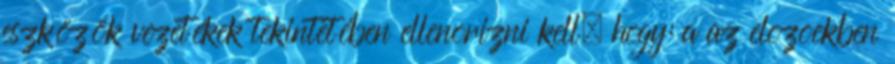
eszközök vezetékek tekintetében ellenõrizni kell, hogy: a az elõzõekben